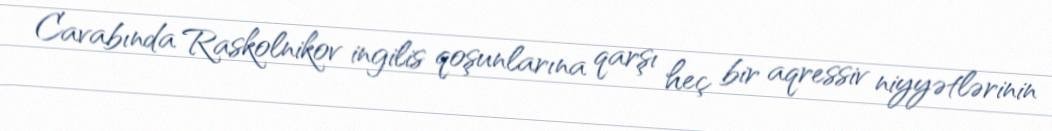
Cavabında Raskolnikov ingilis qoşunlarına qarşı heç bir aqressiv niyyətlərinin